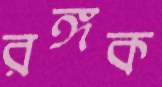
রঙ্গক